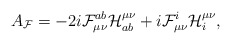
\begin{align*}A_{\cal{F}}=-2i {\cal{F}}_{\mu\nu}^{ab} {\cal{H}}^{\mu\nu}_{ab}+i{\cal{F}}_{\mu\nu}^{i} {\cal{H}}^{\mu\nu}_{i},\end{align*}